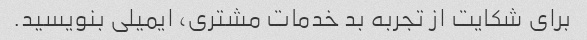
برای شکایت از تجربه بد خدمات مشتری، ایمیلی بنویسید.